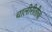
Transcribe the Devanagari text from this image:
चालीरीतीचा